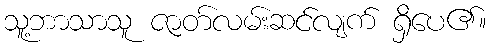
သူ့ဘာသာသူ ဇာတ်လမ်းဆင်လျက် ရှိပေ၏။